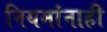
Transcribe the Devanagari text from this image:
नियमांनाही